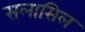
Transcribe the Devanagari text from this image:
सलासिल